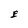
Character: E